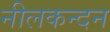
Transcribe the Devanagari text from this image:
नीलकन्दन